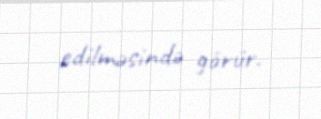
edilməsində görür.